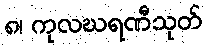
၈၊ ကုလဃရဏီသုတ်